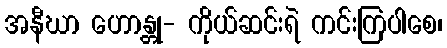
အနီဃာ ဟောန္တု- ကိုယ်ဆင်းရဲ ကင်းကြပါစေ၊